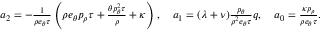
\begin{array} { r } { a _ { 2 } = - \frac { 1 } { \rho e _ { \theta } \tau } \left( \rho e _ { \theta } p _ { \rho } \tau + \frac { \theta p _ { \theta } ^ { 2 } \tau } { \rho } + \kappa \right) , \quad a _ { 1 } = ( \lambda + \nu ) \frac { p _ { \theta } } { \rho ^ { 2 } e _ { \theta } \tau } q , \quad a _ { 0 } = \frac { \kappa p _ { \rho } } { \rho e _ { \theta } \tau } . } \end{array}